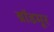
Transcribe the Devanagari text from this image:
ब्रॉडमूर